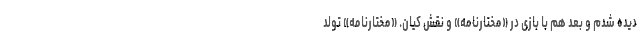
دیده شدم و بعد هم با بازی در «مختارنامه» و نقش کیان. «مختارنامه» تولد